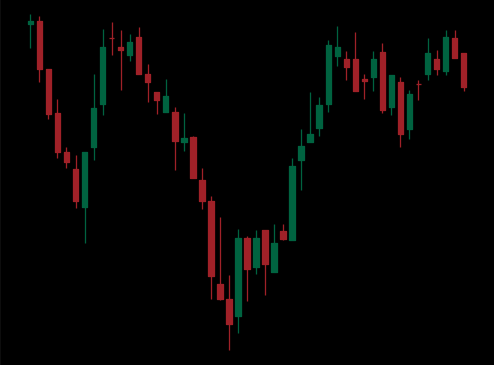
Pattern: inverse_head_shoulders